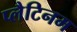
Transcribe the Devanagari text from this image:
प्लैटिनम